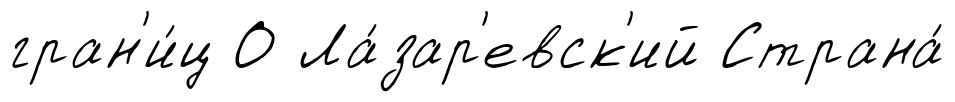
гран'и́ц О Ла́зар'евск'ий Страна́